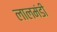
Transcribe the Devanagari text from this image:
लालमंडी